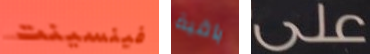
فينسينت باقية على